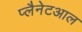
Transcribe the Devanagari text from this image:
प्लैनेटआल